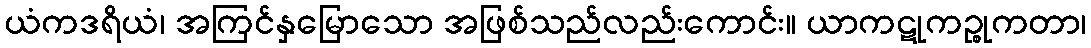
ယံကဒရိယံ၊ အကြင်နှမြောသော အဖြစ်သည်လည်းကောင်း။ ယာကဋုကဉ္စုကတာ၊